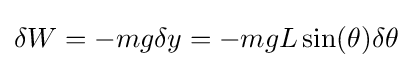
\delta W=-mg\delta y=-mgL\sin(\theta )\delta \theta